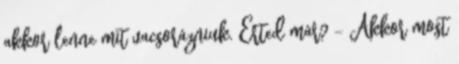
akkor lenne mit vacsorázniuk. Érted már? – Akkor most